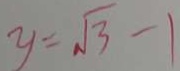
y = \sqrt { 3 } - 1